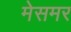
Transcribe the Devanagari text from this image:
मेसमर